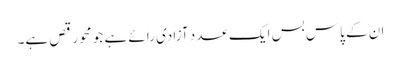
ان کے پاس بس ایک عدد آزادی رائے ہے جو محو رقص ہے۔